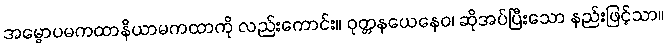
အမ္ဗောပမကထာနိယာမကထာကို လည်းကောင်း။ ဝုတ္တနယေနေဝ၊ ဆိုအပ်ပြီးသော နည်းဖြင့်သာ။